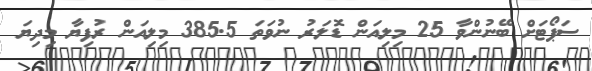
ސަޕޯޓަށް ބޭނުންވާ 25 މިލިއަން ޑޮލަރު ނުވަތަ 385.5 މިލިއަން ރުފިޔާ މިދިޔަ